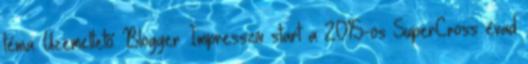
téma. Üzemeltető: Blogger. Impresszív start a 2015-ös SuperCross évad